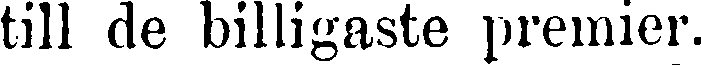
till de billigaste premier.